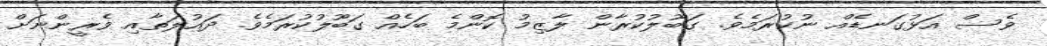
ވެސް އަޅުގަނޑެއް ނުކުރަމެވެ. ގަބޫލުކުރާން ލާޒިމު ކޮންމެ ބަހެއް ގަބޫލުކުރަމެވެ. ދައުލަތާއި ވެރީންނަށް